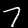
Digit: 7